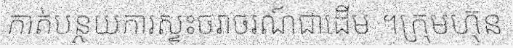
កាត់បន្ថយការស្ទះចរាចរណ៍ជាដើម ។ក្រុមហ៊ុន